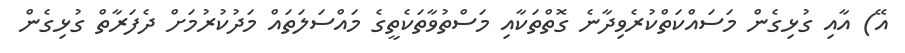
އޭ) އާއި ގުޅިގެން މަސައްކަތްކުރެވިދާނެ ގޮތްތަކާއި މަސްތުވާތަކެތީގެ މައްސަލަތައް މަދުކުރުމަށް ދެފަރާތް ގުޅިގެން